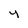
Character: y